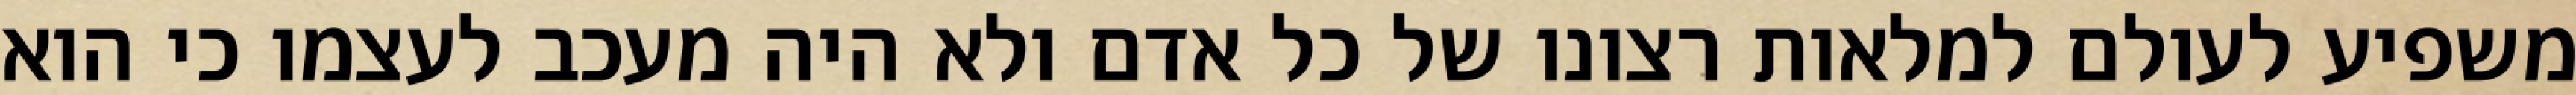
משפיע לעולם למלאות רצונו של כל אדם ולא היה מעכב לעצמו כי הוא